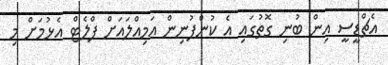
އެޗްޑީސީ އިން ބުނި ގޮތުގައި އެ ކުންފުނިން އަމިއްލައަށް ފްލެޓް އެޅުމަށް މި